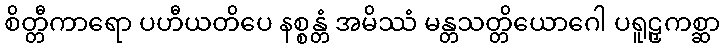
စိတ္တီကာရော ပဟီယတိပေ နစ္စန္တံ အမိဿံ မန္တသတ္တိယောဂေါ ပရူဠှကစ္ဆာ